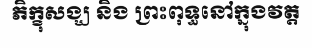
ភិក្ខុសង្ឃ និង ព្រះពុទ្ធនៅក្នុងវត្ត